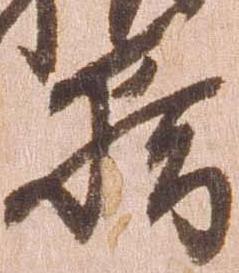
籍